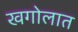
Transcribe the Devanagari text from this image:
खगोलात